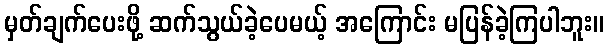
မှတ်ချက်ပေးဖို့ ဆက်သွယ်ခဲ့ပေမယ့် အကြောင်း မပြန်ခဲ့ကြပါဘူး။